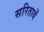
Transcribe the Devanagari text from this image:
सरितायें